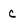
Character: c